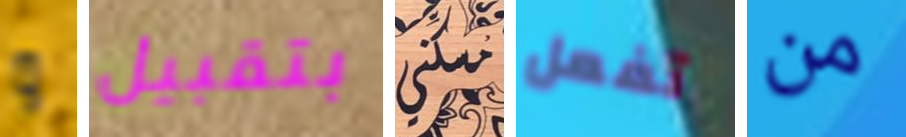
و بتقبيل مسكني تفعل من